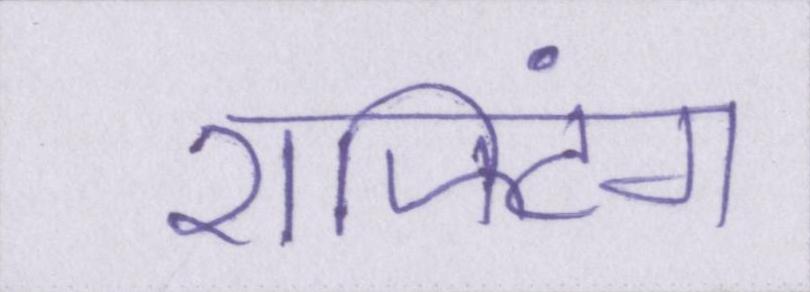
राफ्टिंग